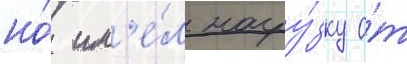
но́ им'е́л нагру́зку о́т